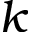
k